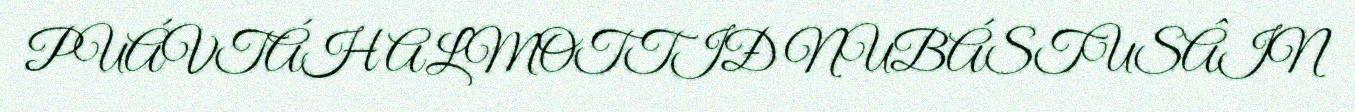
PUÁVTÁH ALMOTTIĐ NUBÁSTUSÂIN